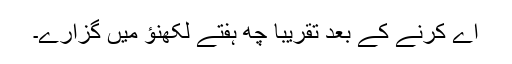
اے کرنے کے بعد تقریباً چھ ہفتے لکھنؤ میں گزارے۔